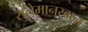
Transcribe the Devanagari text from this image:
सुलेमानखान